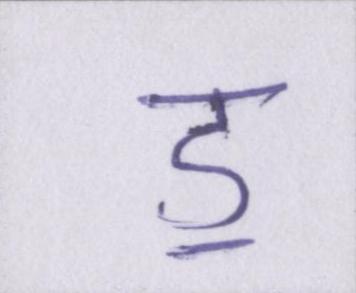
ॾ